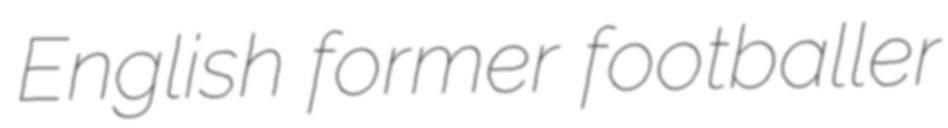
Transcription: English former footballer